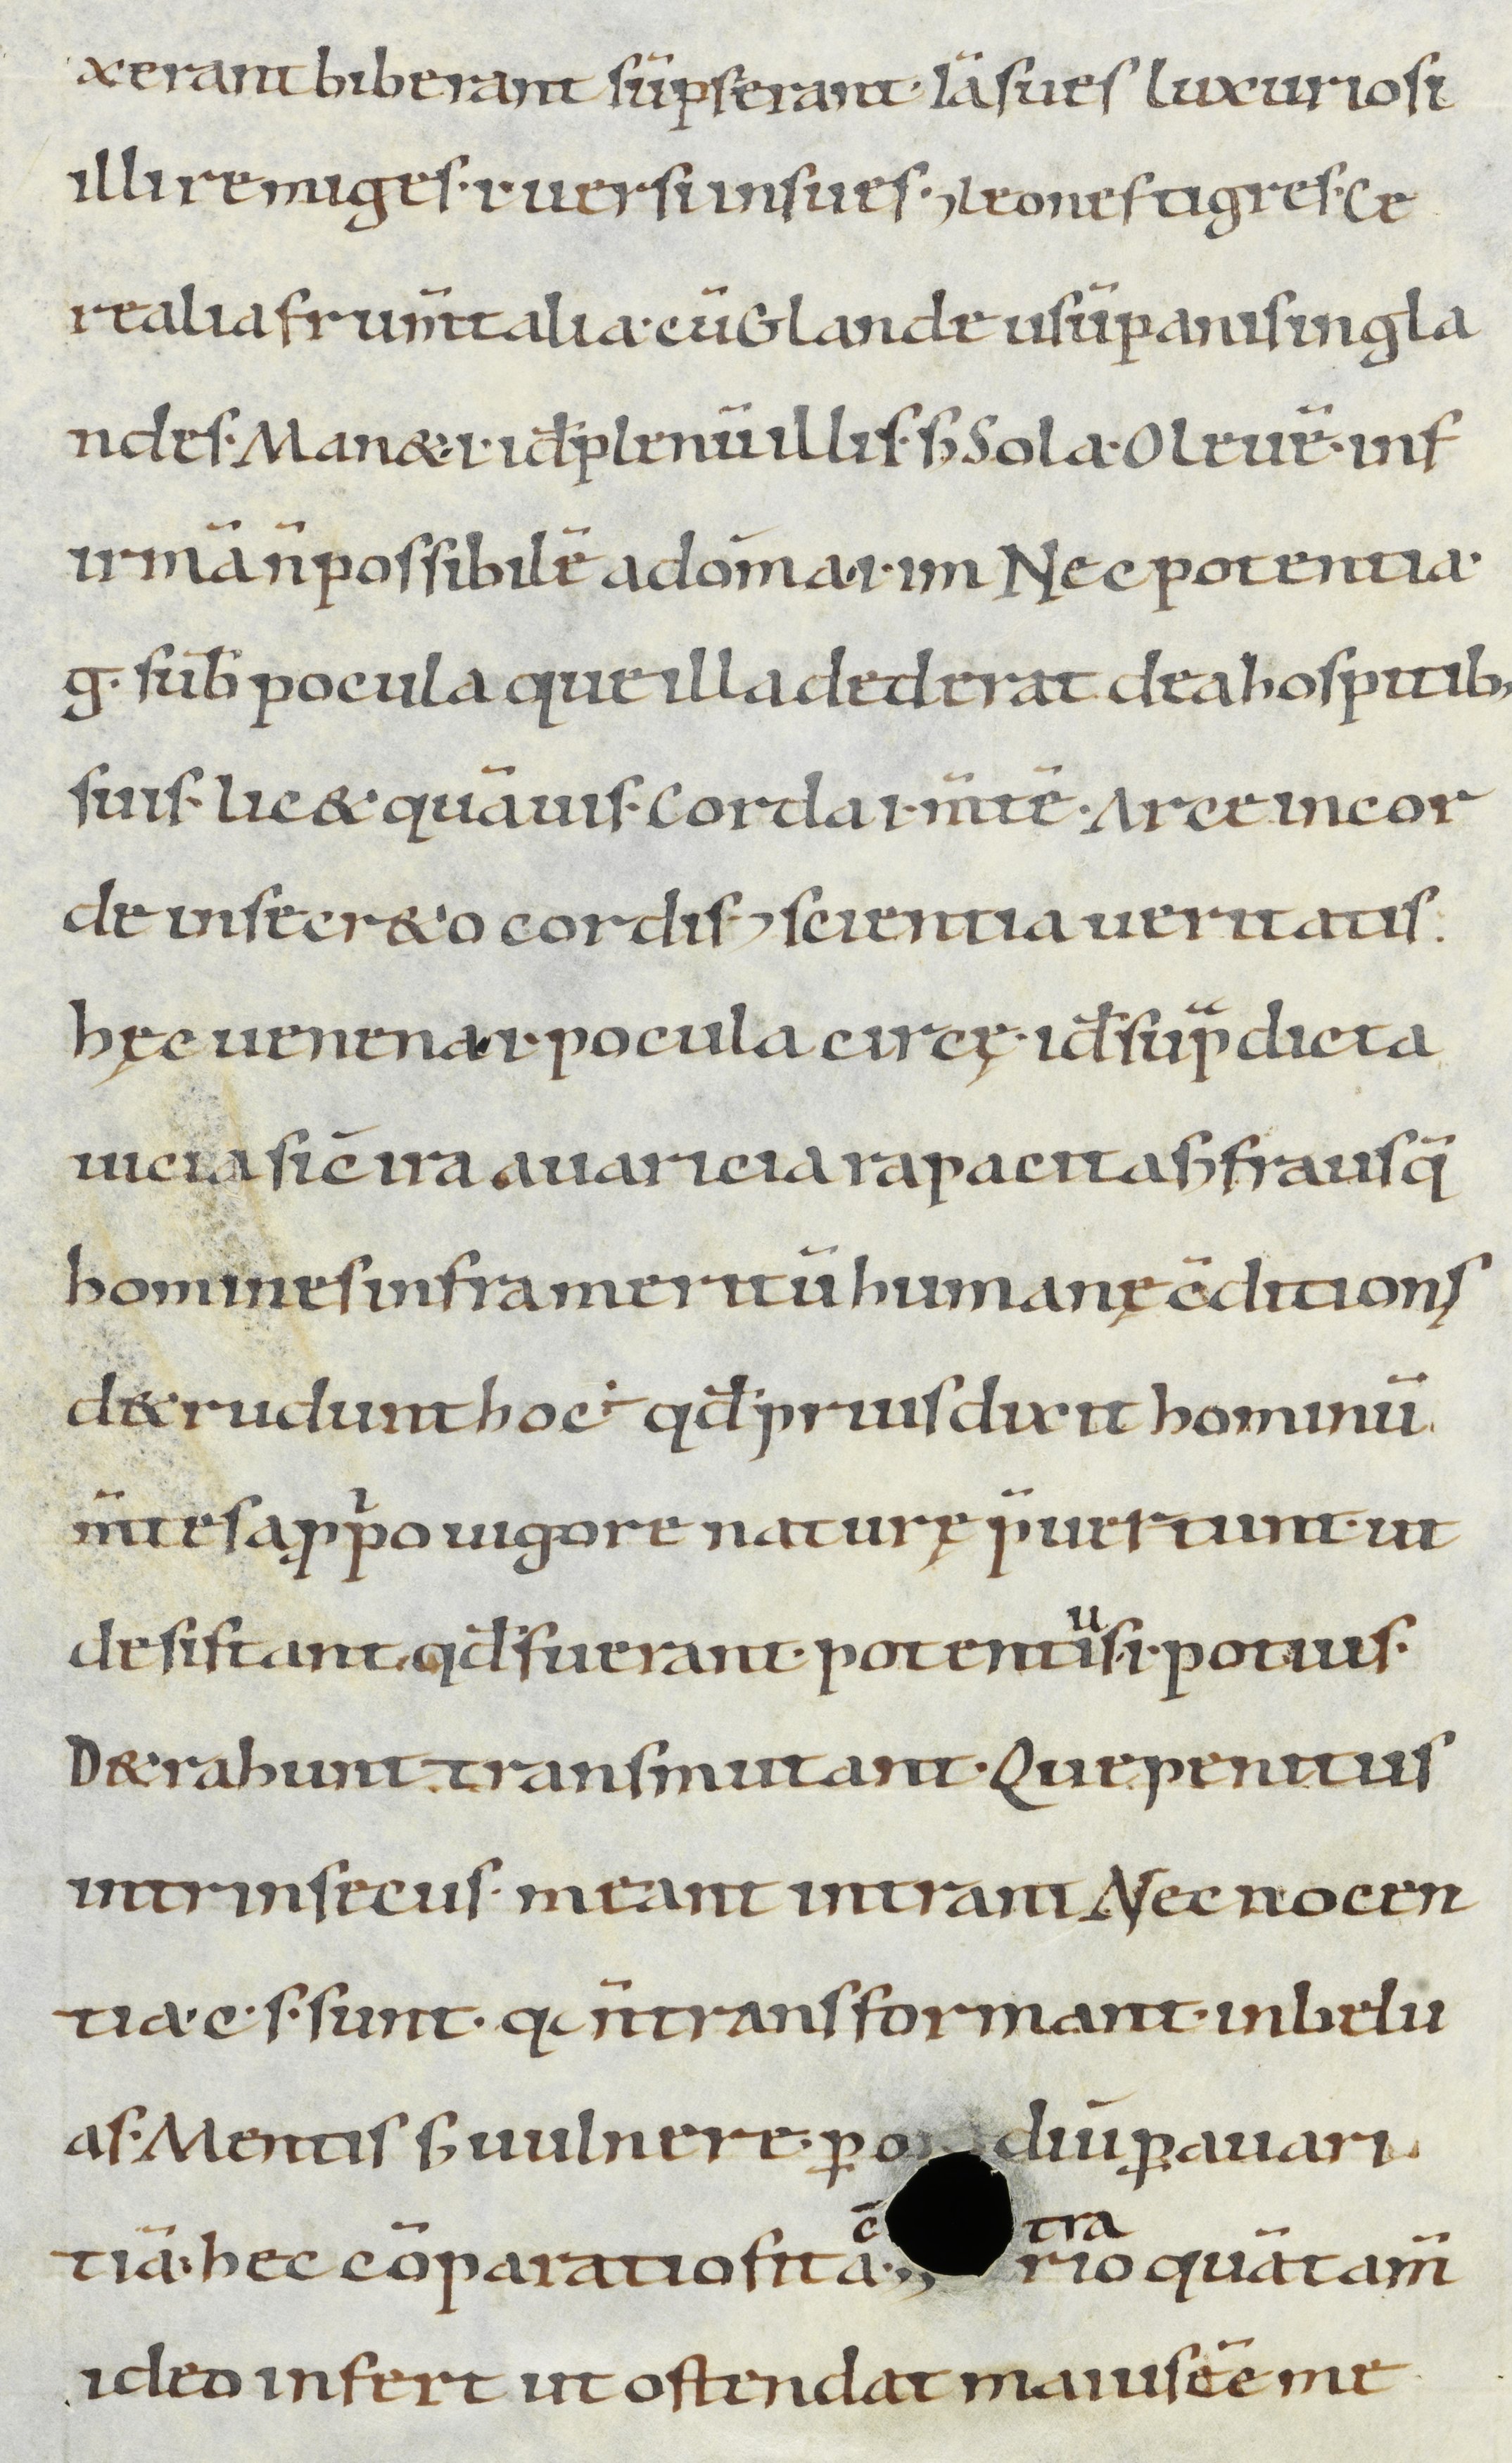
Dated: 900–999